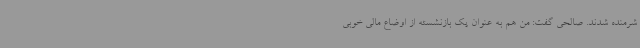
شرمنده شدند. صالحی گفت: من هم به عنوان یک بازنشسته از اوضاع مالی خوبی